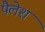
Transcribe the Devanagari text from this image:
पैलेश